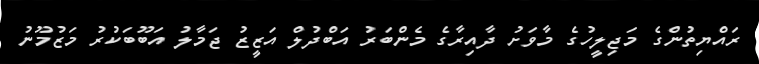
ރައްޔިތުންގެ މަޖިލީހުގެ މާވަށު ދާއިރާގެ މެންބަރު އަބްދުލް އަޒީޒު ޖަމާލު އަބޫބަކުރު މަޒުމޫނު